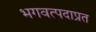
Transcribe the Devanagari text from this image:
भगवत्पदाप्रत